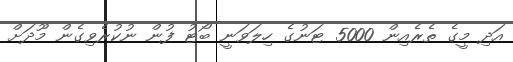
އަދި މީގެ ތެރެއިން 5000 ޓަނުގެ ހިލަވަނީ ބޯޓު ފުން ނުކުރެވިގެން މޫދަށް